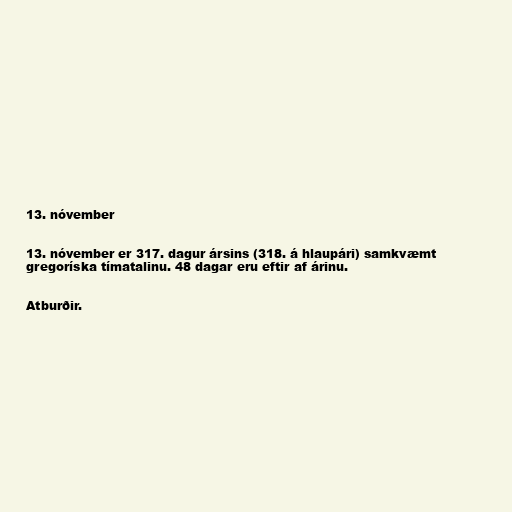
13. nóvember

13. nóvember er 317. dagur ársins (318. á hlaupári) samkvæmt
gregoríska tímatalinu. 48 dagar eru eftir af árinu.

Atburðir.